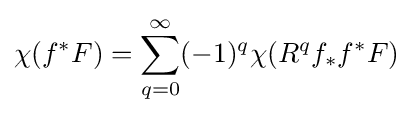
\chi (f^{*}F)=\sum _{q=0}^{\infty }(-1)^{q}\chi (R^{q}f_{*}f^{*}F)